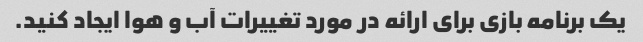
یک برنامه بازی برای ارائه در مورد تغییرات آب و هوا ایجاد کنید.